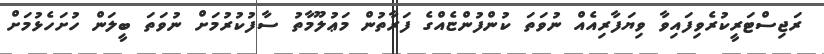
ރަޖިސްޓަރީކުރެވިފައިވާ ވިޔަފާރިއެއް ނުވަތަ ކުންފުންޏެއްގެ ފަރާތުން މަޢުލޫމާތު ސާފުކުރުމަށް ނުވަތަ ބީލަން ހުށަހެޅުމަށް